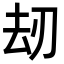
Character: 刼